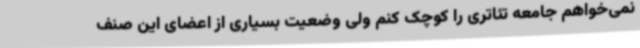
نمی‌خواهم جامعه تئاتری را کوچک کنم ولی وضعیت بسیاری از اعضای این صنف